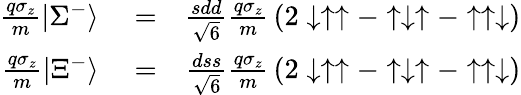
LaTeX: \begin{array}{rlr}{{\frac{q\sigma_{z}}{m}}|\Sigma^{-}\rangle}&{{}=}&{{\frac{sdd}{\sqrt{6}}}{\frac{q\sigma_{z}}{m}}\left(2\downarrow\uparrow\uparrow-\uparrow\downarrow\uparrow-\uparrow\uparrow\downarrow\right)}\\ {{\frac{q\sigma_{z}}{m}}|\Xi^{-}\rangle}&{{}=}&{{\frac{dss}{\sqrt{6}}}{\frac{q\sigma_{z}}{m}}\left(2\downarrow\uparrow\uparrow-\uparrow\downarrow\uparrow-\uparrow\uparrow\downarrow\right)}\end{array}